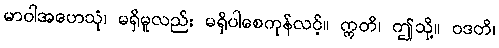
မာဝါအဟေသုံ၊ မရှိမူလည်း မရှိပါစေကုန်လင့်။ ဣတိ၊ ဤသို့။ ဝဒတိ၊